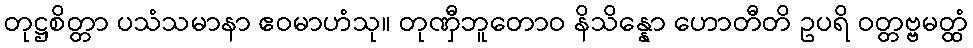
တုဋ္ဌစိတ္တာ ပသံသမာနာ ဧဝမာဟံသု။ တုဏှီဘူတောဝ နိသိန္နော ဟောတီတိ ဥပရိ ဝတ္တဗ္ဗမတ္ထံ